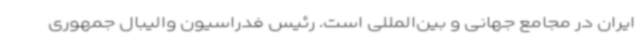
ایران در مجامع جهانی و بین‌المللی است. رئیس فدراسیون والیبال جمهوری